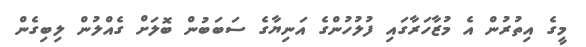
މީގެ އިތުރުން އެ މުޒާހަރާގައި ފުލުހުންގެ އަނިޔާގެ ސަބަބުން ބޮލަށް ގެއްލުން ލިބިގެން